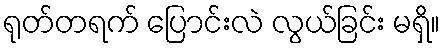
ရုတ်တရက် ပြောင်းလဲ လွယ်ခြင်း မရှိ။